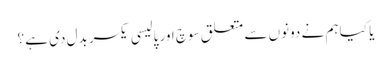
یا کیا ہم نے دونوں سے متعلق سوچ اور پالیسی یکسر بدل دی ہے ؟